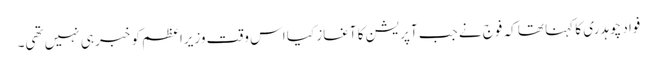
فواد چوہدری کا کہنا تھا کہ فوج نے جب آپریشن کا آغاز کیا اس وقت وزیراعظم کو خبر ہی نہیں تھی۔